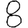
Digit: 8